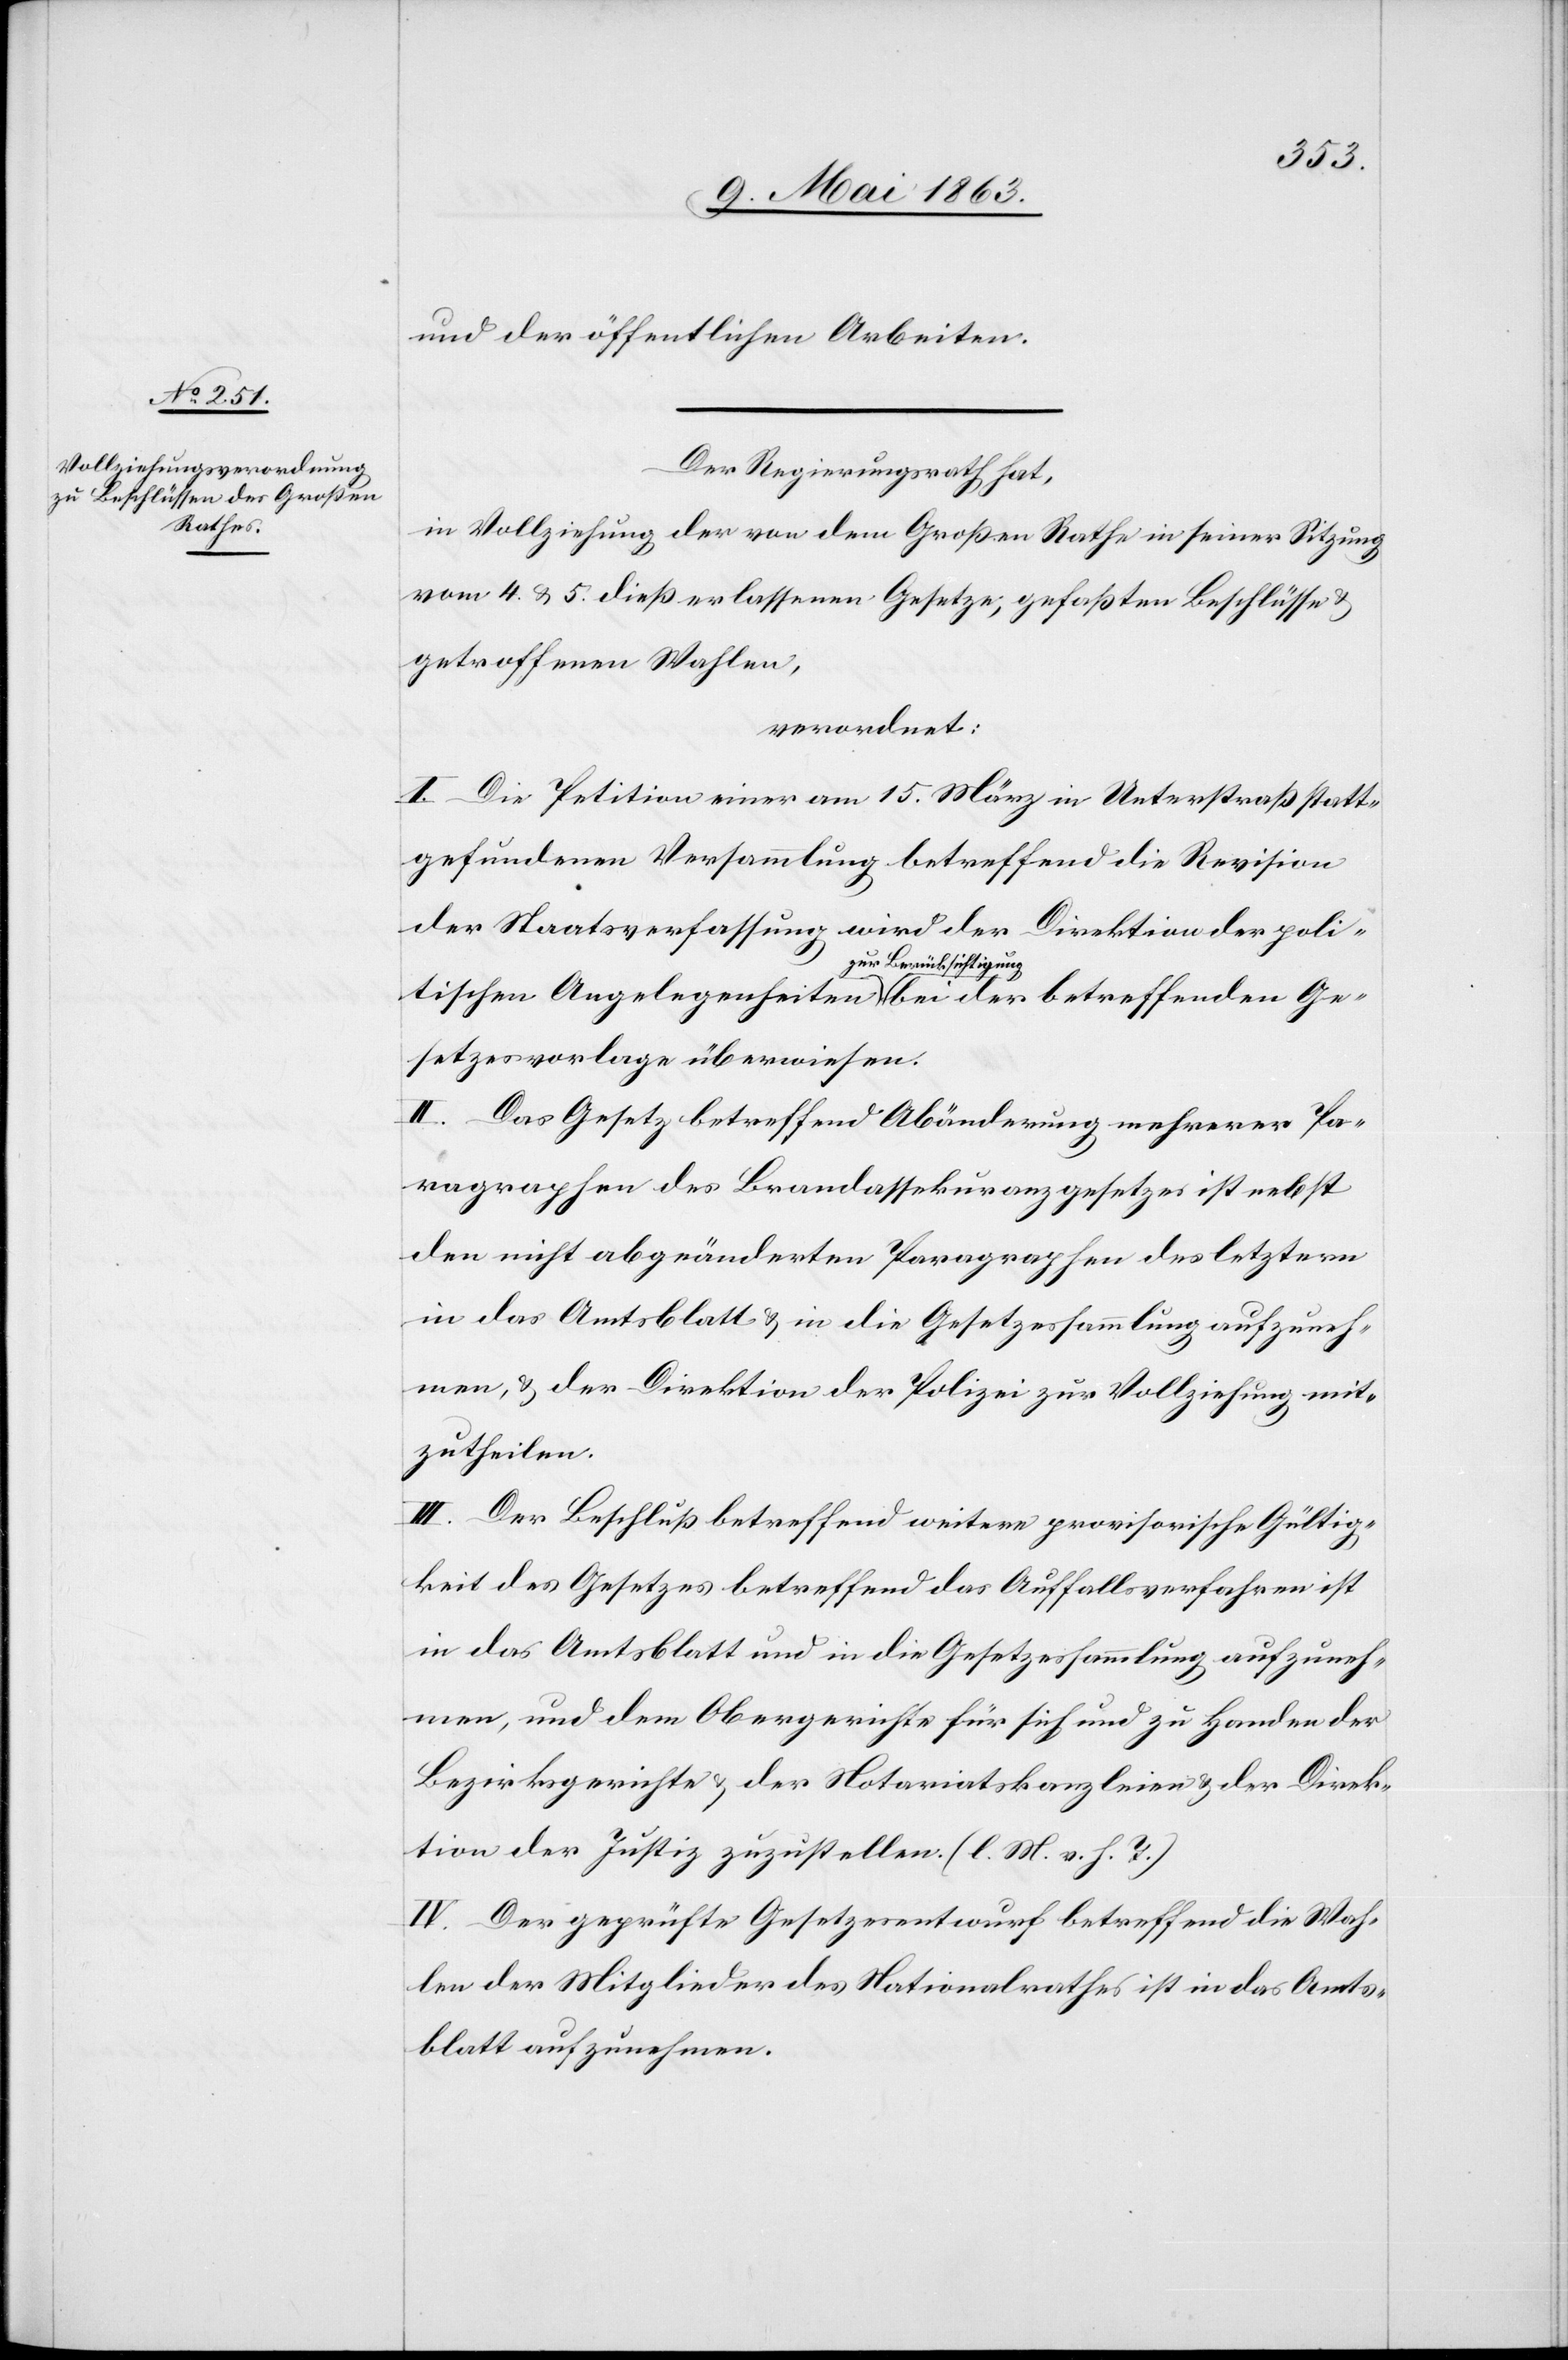
und der öffentlichen Arbeiten.
Der Regierungsrath hat,
in Vollziehung der von dem Großen Rathe in seiner Sitzung
vom 4. & 5. dieß erlassenen Gesetze, gefaßten Beschlüsse &
getroffenen Wahlen,
angeordnet:
I. Die Petition einer am 15. März in Unterstraß statt¬
gefundenen Versammlung betreffend die Revision
der Staatsverfassung wird der Direktion der poli¬
tischen Angelegenheiten a-zur Berücksichtigung-a bei der betreffenden Ge¬
setzesvorlage überwiesen.
II. Das Gesetz betreffend Abänderung mehrerer Pa¬
ragraphen des Brandassekuranzgesetzes ist nebst
den nicht abgeänderten Paragraphen des letztern
in das Amtsblatt & in die Gesetzessammlung aufzuneh¬
men, & der Direktion der Polizei zur Vollziehung mit¬
zutheilen.
III. Der Beschluß betreffend weitere provisorische Gültig¬
keit des Gesetzes betreffend das Auffallsverfahren ist
in das Amtsblatt und in die Gesetzessammlung aufzuneh¬
men, und dem Obergerichte für sich und zu Handen der
Bezirksgerichte & der Notariatskanzleien & der Direk¬
tion der Justiz zuzustellen. (l. M. v. h. T.)
IV. Der geprüfte Gesetzesentwurf betreffend die Wah¬
len der Mitglieder des Nationalrathes ist in das Amts¬
blatt aufzunehmen.